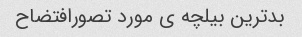
بدترین بیلچه ی مورد تصورافتضاح